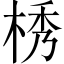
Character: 𣒴